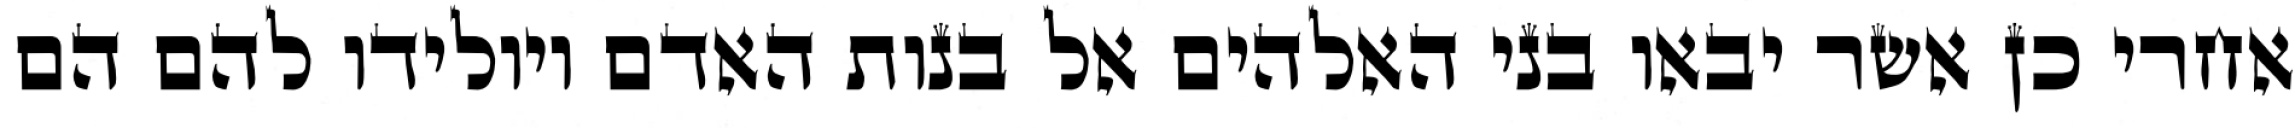
אחרי כן אשר יבאו בני האלהים אל בנות האדם ויולידו להם הם